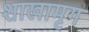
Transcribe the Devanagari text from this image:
शाखामृग